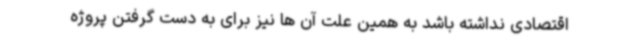
اقتصادی نداشته باشد به همین علت آن ها نیز برای به دست گرفتن پروژه